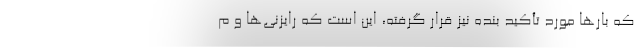
که بارها مورد تأکید بنده نیز قرار گرفته، این است که رایزنی‌ها و م